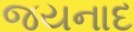
જયનાદ